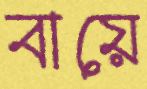
বায়ে